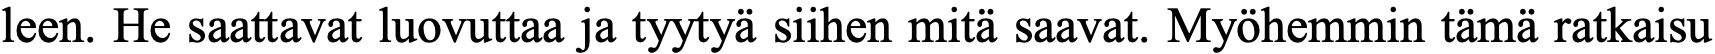
leen. He saattavat luovuttaa ja tyytyä siihen mitä saavat. Myöhemmin tämä ratkaisu